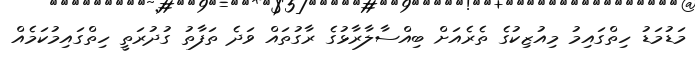
މަޑުމަޑު ހިތްގައިމު މިއުޒިކުގެ ތެރެއަށް ބިއްސާލާރާޅުގެ ރާގުތައް ވަދެ ތަފާތު ގުދުރަތީ ހިތްގައިމުކަމެއް